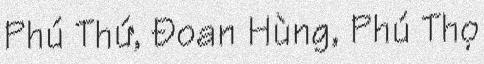
Phú Thứ, Đoan Hùng, Phú Thọ